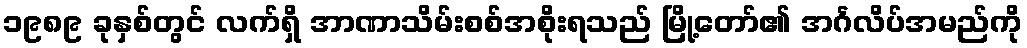
၁၉၈၉ ခုနှစ်တွင် လက်ရှိ အာဏာသိမ်းစစ်အစိုးရသည် မြို့တော်၏ အင်္ဂလိပ်အမည်ကို